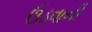
ઉડવાની